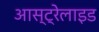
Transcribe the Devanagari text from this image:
आस्ट्रेलाइड